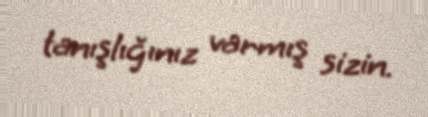
tanışlığınız varmış sizin.